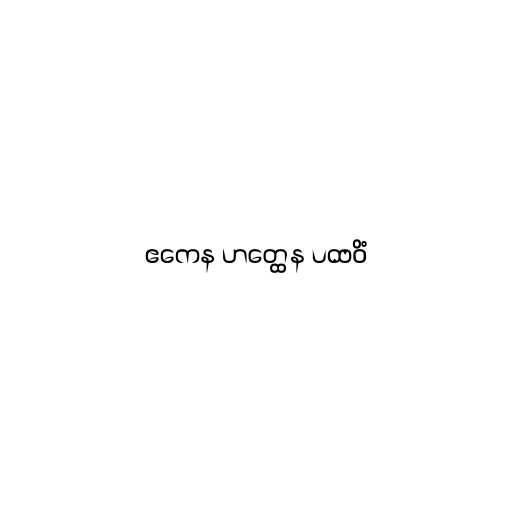
ဧကေန ဟတ္ထေန ပထဝိံ